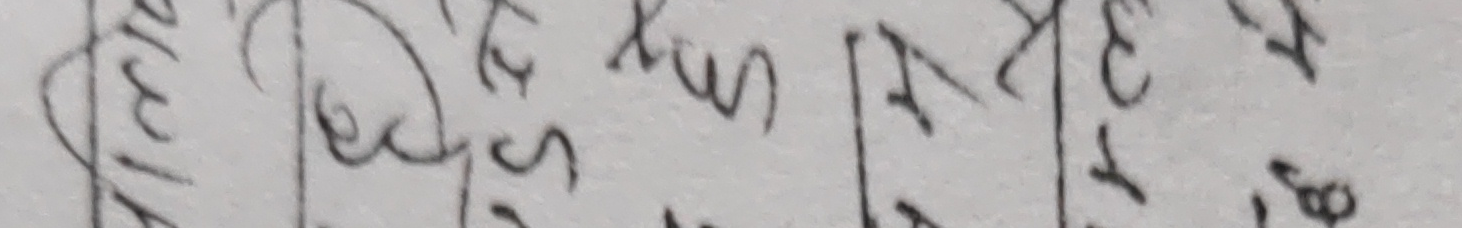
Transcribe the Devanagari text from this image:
शुक्र, शनि, सूर्य, चन्द्र, मंगळ, बुध, गुरु